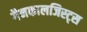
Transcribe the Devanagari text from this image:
गैनकालजिस्ट्स